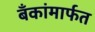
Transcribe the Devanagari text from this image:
बँकांमार्फत